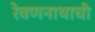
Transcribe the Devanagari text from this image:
रेवणनाथाची